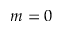
m = 0